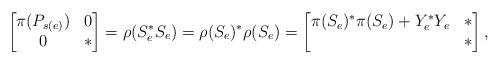
LaTeX: \begin{align*}\begin{bmatrix}\pi(P_{s(e)}) & 0\\0 & *\end{bmatrix}=\rho(S_e^*S_e)=\rho(S_e)^*\rho(S_e)=\begin{bmatrix}\pi(S_e)^*\pi(S_e)+Y_e^*Y_e & *\\* & *\end{bmatrix},\end{align*}